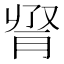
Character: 𦛫